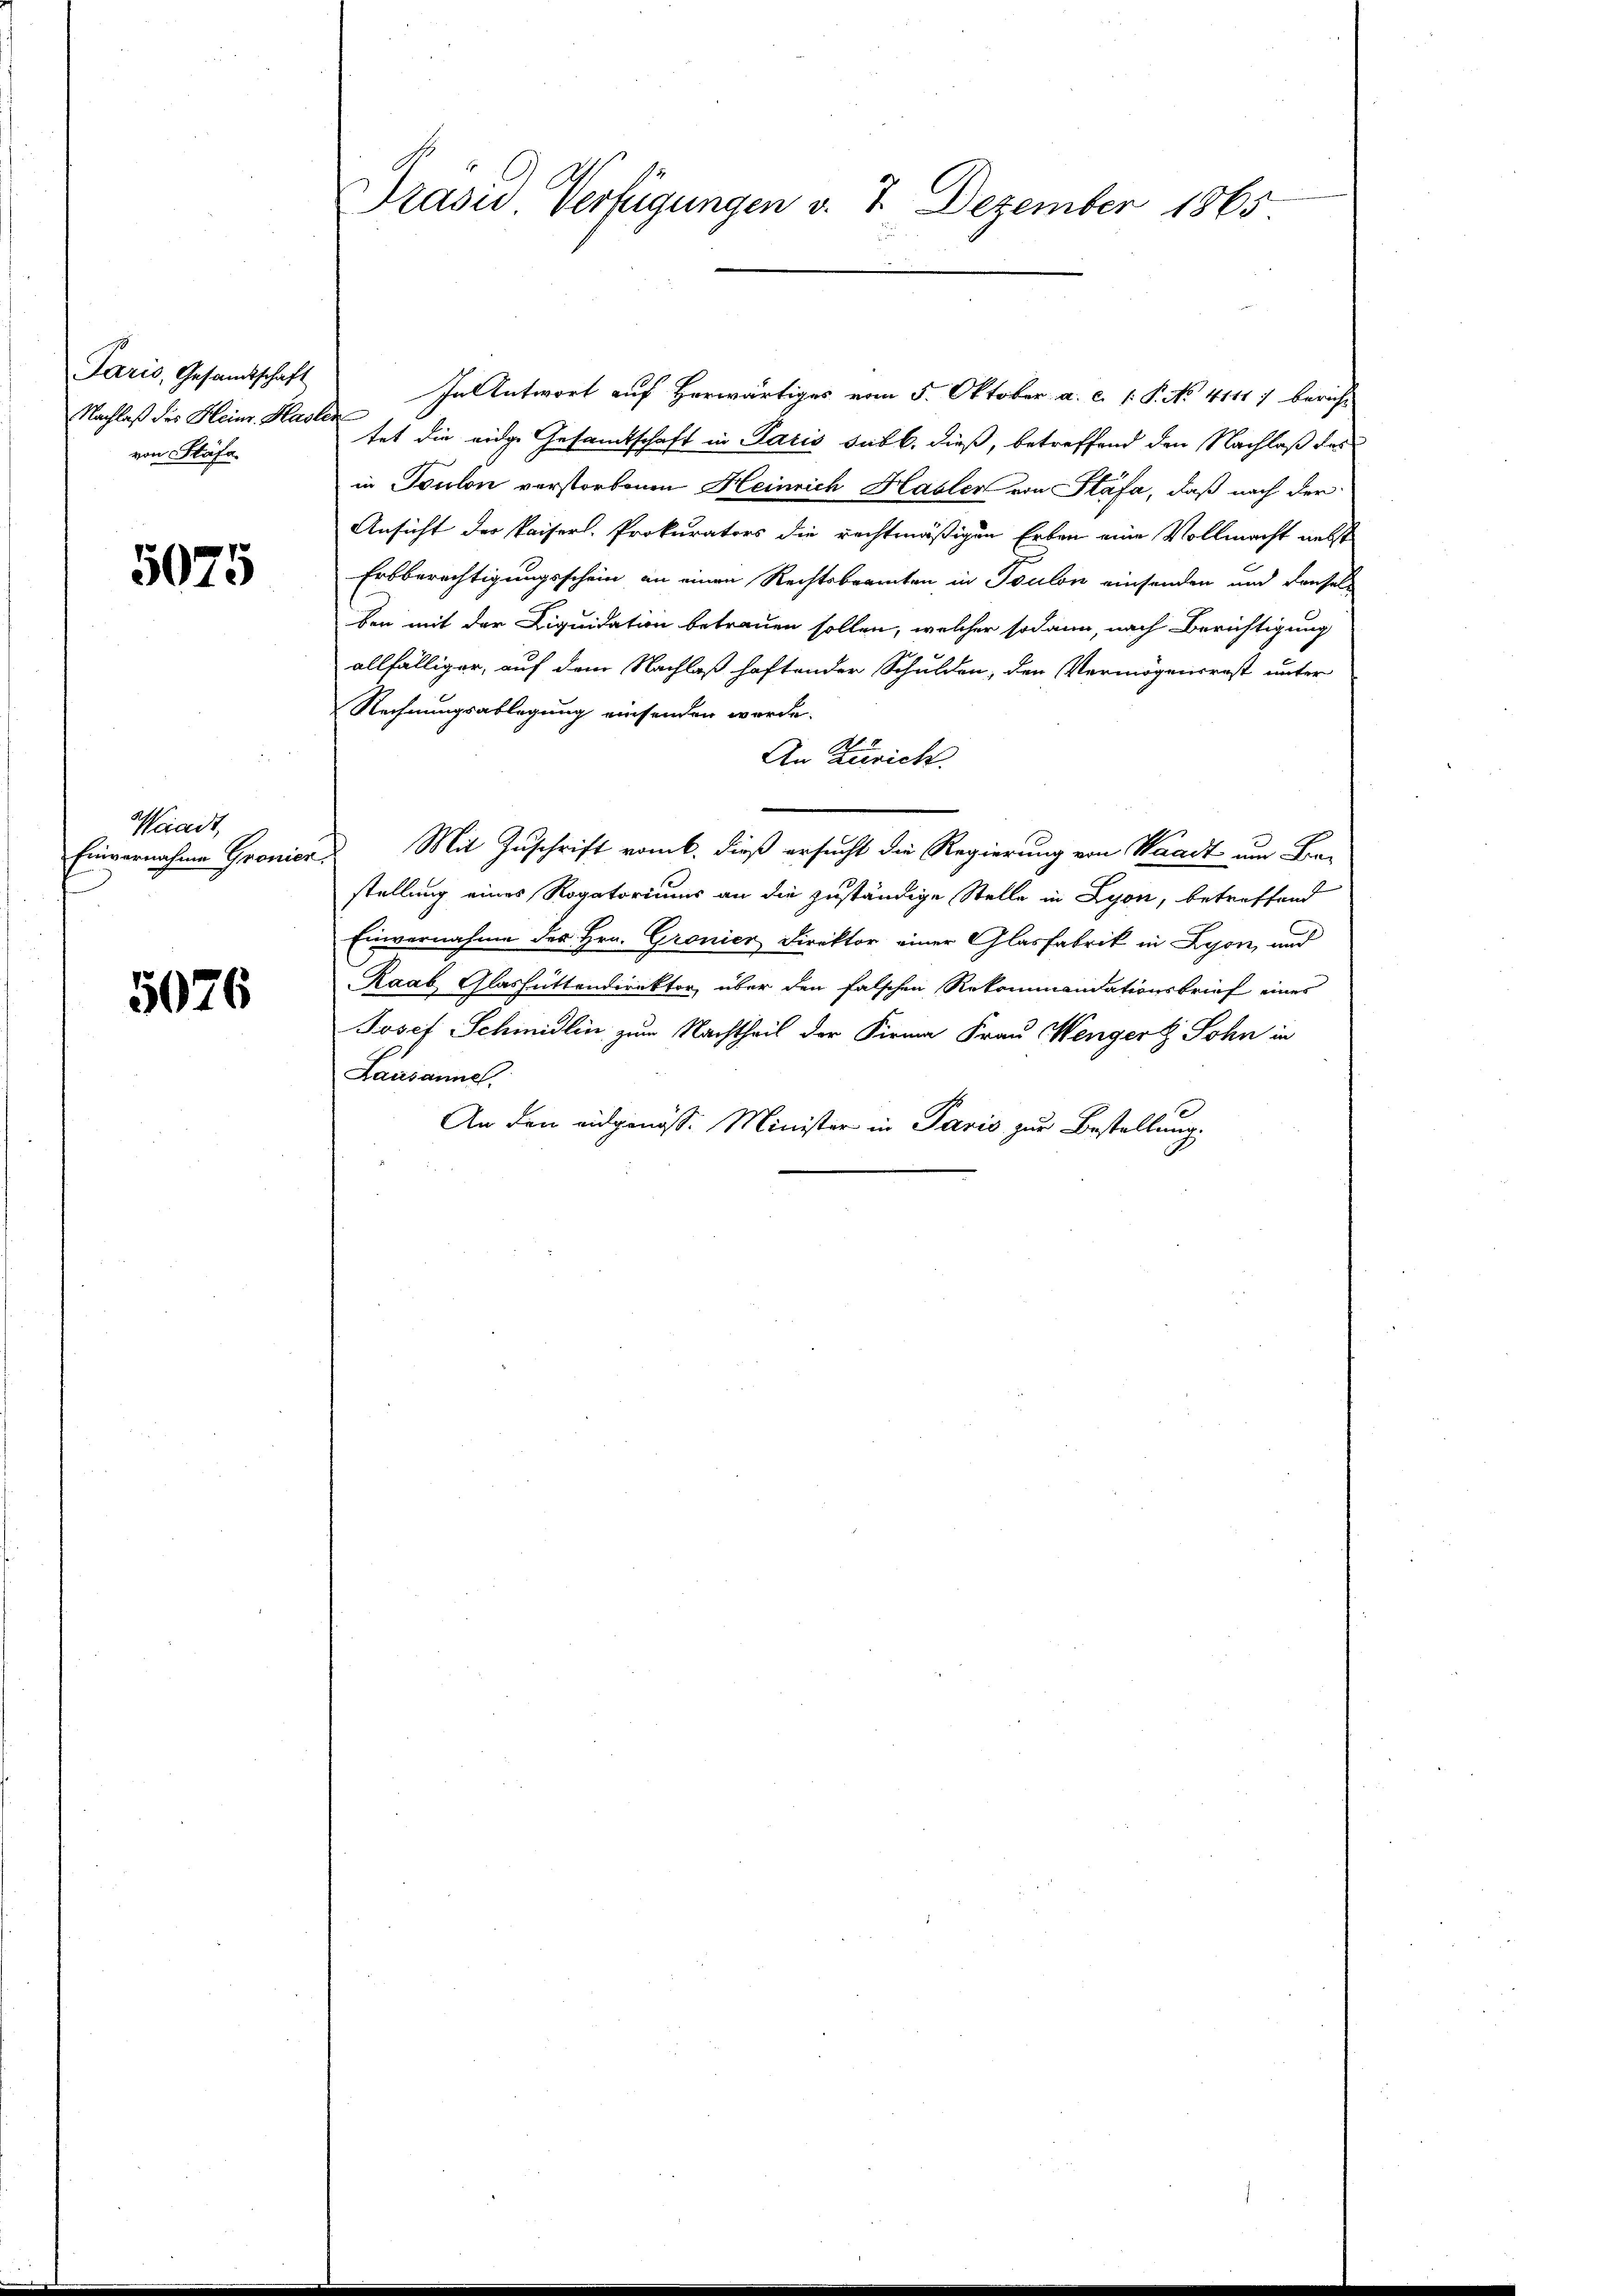
Paris, Gesandtschaft
Nachlaß des Heinr. Hasler
von Stäfa.

5075

Waadt,
Einvernahme Gronier.

5076

In Antwort auf Herwärtiges vom 5. Oktober a. c. 1. P. No 4111 7 bericht
tet die eige Gesamtschaft in Paris sub b. dieß, betreffend den Nachlaß des
in Toulon verstorbenen Heinrich Hasler von Stäfa, daß nach der
Ansicht der Paiser-Prokurators die rechtmäßigen Erben eine Vollmacht nebst
Erbberechtigungsschein an einen Rechtsbeamten in Toulon einsenden und densel
ben mit der Liquidation betrauen sollen, welcher sodann, nach Berichtigung
allfälliger, auf dem Nachlaß haftender Schulden, den Vermögensrest unter
Rechnungsablegung einsenden werde.
An Zürich.
Mit Zuschrift vom 6. dieß ersucht die Regierung von Waadt um Bra-
stellung eines Rogatoriums an die zuständige Stelle in Lyon, betreffend
Einvernahme des Hrn. Gronier Direktor einer Glasfabrik in Lyon, und
Raab Glashüttendirektor, über den falschen Rekommandationsbrief eines
Josef Schmidlin zum Nachtheil der Firma Frau Wenger Sohn in
Lausanne.
An den eidgenöss. Minister in Paris zur Bestellung.

Präsid Verfügungen v. 7. Dezember 1865